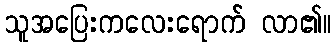
သူအပြေးကလေးရောက် လာ၏။